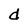
Character: d